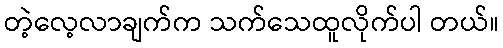
တဲ့လေ့လာချက်က သက်သေထူလိုက်ပါ တယ်။